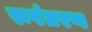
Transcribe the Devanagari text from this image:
रूपंतरण